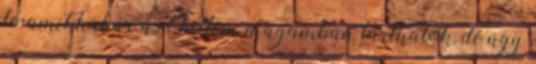
le, amit habár azt hittem magamban tarthatok, de úgy